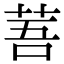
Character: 䓊